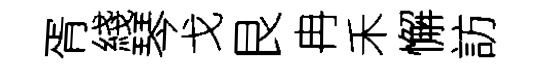
胥綫琴戈艮冉禾懈訪